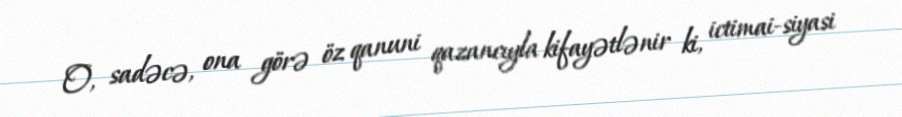
O, sadəcə, ona görə öz qanuni qazancıyla kifayətlənir ki, ictimai-siyasi